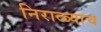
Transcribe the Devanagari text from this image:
निराळ्याच